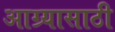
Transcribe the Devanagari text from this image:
आग्र्यासाठी